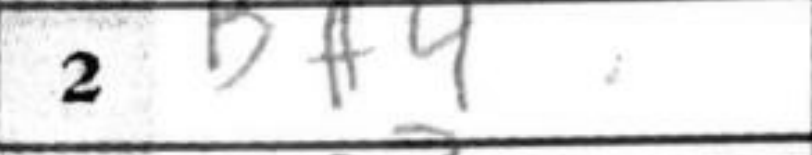
Transcription: Bd4